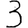
Digit: 3